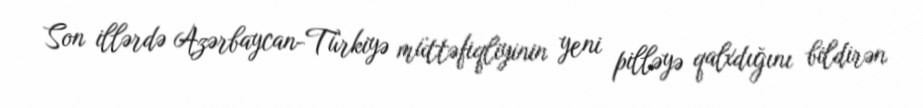
Son illərdə Azərbaycan-Türkiyə müttəfiqliyinin yeni pilləyə qalxdığını bildirən